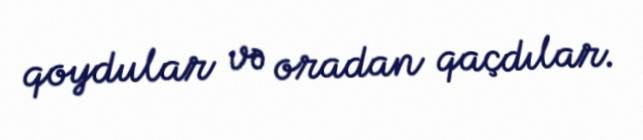
qoydular və oradan qaçdılar.